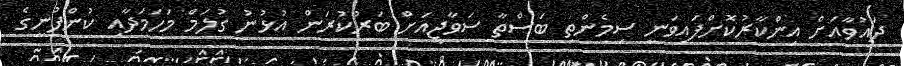
ދައުވާއަށް އިންކާރުކޮށްފައިވަނީ ސިމެންތި ބަސްތާ ސަވާޖީއަށް ބަރުކުރަން އުޅުނު ގުލަމް މަހަމަދާއި ކުންފުނީގެ